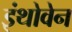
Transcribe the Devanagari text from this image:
इंथोवेन